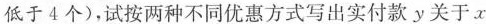
低于4个)，试按两种不同优惠方式写出实付款y关于x